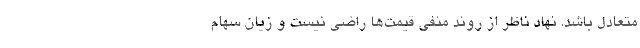
متعادل باشد. نهاد ناظر از روند منفی قیمت‌ها راضی نیست و زیان سهام